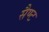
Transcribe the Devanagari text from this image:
सैण्ट